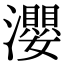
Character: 瀴